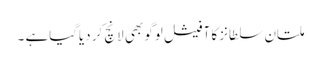
ملتان سلطانز کا آفیشل لوگو بھی لانچ کر دیاگیاہے ۔